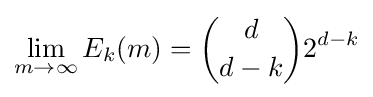
\lim _{m\to \infty }E_{k}(m)={{d} \choose {d-k}}2^{d-k}